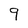
Character: 9